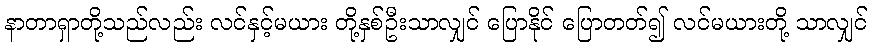
နာတာရှာတို့သည်လည်း လင်နှင့်မယား တို့နှစ်ဦးသာလျှင် ပြောနိုင် ပြောတတ်၍ လင်မယားတို့ သာလျှင်